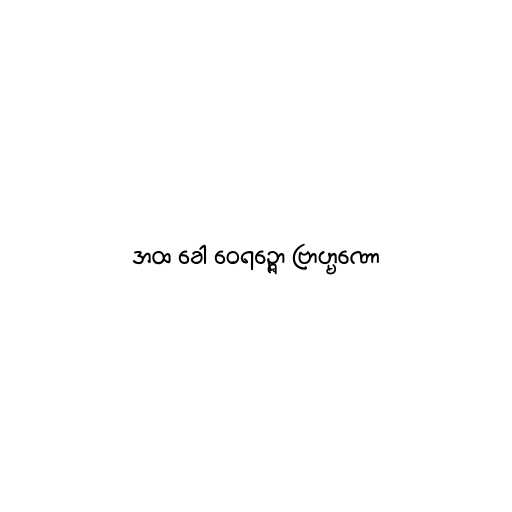
အထ ခေါ ဝေရဉ္ဇော ဗြာဟ္မဏော